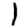
Digit: 1